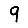
Digit: 9